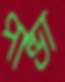
পান্ডা